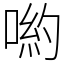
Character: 喲